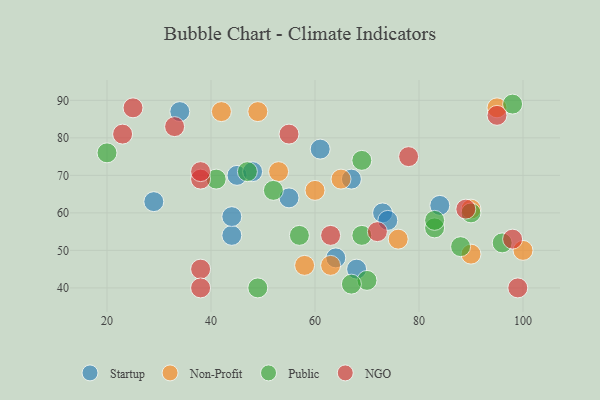
{"axis": {"x": "GDP", "y": "Life Expectancy"}, "legend": ["NGO", "Non-Profit", "Public", "Startup"], "data": [{"x": "29", "y": 63, "type": "Startup"}, {"x": "64", "y": 48, "type": "Startup"}, {"x": "34", "y": 87, "type": "Startup"}, {"x": "67", "y": 69, "type": "Startup"}, {"x": "45", "y": 70, "type": "Startup"}, {"x": "84", "y": 62, "type": "Startup"}, {"x": "68", "y": 45, "type": "Startup"}, {"x": "73", "y": 60, "type": "Startup"}, {"x": "48", "y": 71, "type": "Startup"}, {"x": "55", "y": 64, "type": "Startup"}, {"x": "44", "y": 54, "type": "Startup"}, {"x": "74", "y": 58, "type": "Startup"}, {"x": "44", "y": 59, "type": "Startup"}, {"x": "61", "y": 77, "type": "Startup"}, {"x": "53", "y": 71, "type": "Non-Profit"}, {"x": "100", "y": 50, "type": "Non-Profit"}, {"x": "76", "y": 53, "type": "Non-Profit"}, {"x": "90", "y": 49, "type": "Non-Profit"}, {"x": "58", "y": 46, "type": "Non-Profit"}, {"x": "65", "y": 69, "type": "Non-Profit"}, {"x": "42", "y": 87, "type": "Non-Profit"}, {"x": "60", "y": 66, "type": "Non-Profit"}, {"x": "90", "y": 61, "type": "Non-Profit"}, {"x": "63", "y": 46, "type": "Non-Profit"}, {"x": "95", "y": 88, "type": "Non-Profit"}, {"x": "49", "y": 87, "type": "Non-Profit"}, {"x": "70", "y": 42, "type": "Public"}, {"x": "47", "y": 71, "type": "Public"}, {"x": "52", "y": 66, "type": "Public"}, {"x": "90", "y": 60, "type": "Public"}, {"x": "83", "y": 56, "type": "Public"}, {"x": "98", "y": 89, "type": "Public"}, {"x": "69", "y": 54, "type": "Public"}, {"x": "57", "y": 54, "type": "Public"}, {"x": "88", "y": 51, "type": "Public"}, {"x": "96", "y": 52, "type": "Public"}, {"x": "69", "y": 74, "type": "Public"}, {"x": "83", "y": 58, "type": "Public"}, {"x": "20", "y": 76, "type": "Public"}, {"x": "49", "y": 40, "type": "Public"}, {"x": "67", "y": 41, "type": "Public"}, {"x": "41", "y": 69, "type": "Public"}, {"x": "78", "y": 75, "type": "NGO"}, {"x": "33", "y": 83, "type": "NGO"}, {"x": "38", "y": 69, "type": "NGO"}, {"x": "99", "y": 40, "type": "NGO"}, {"x": "23", "y": 81, "type": "NGO"}, {"x": "25", "y": 88, "type": "NGO"}, {"x": "89", "y": 61, "type": "NGO"}, {"x": "98", "y": 53, "type": "NGO"}, {"x": "38", "y": 45, "type": "NGO"}, {"x": "55", "y": 81, "type": "NGO"}, {"x": "38", "y": 40, "type": "NGO"}, {"x": "72", "y": 55, "type": "NGO"}, {"x": "63", "y": 54, "type": "NGO"}, {"x": "38", "y": 71, "type": "NGO"}, {"x": "95", "y": 86, "type": "NGO"}]}